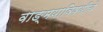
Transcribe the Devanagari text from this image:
वाङ्‌मयाविषयीचे